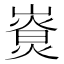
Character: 𤎚